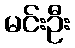
မင်းဦး